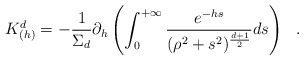
\begin{align*}K^d_{(h)}=-{1\over \Sigma_d}\partial_h\left( \int_0^{+\infty}{e^{-hs} \over (\rho^2+s^2)^{d+1\over 2}}ds \right)~~.\end{align*}